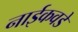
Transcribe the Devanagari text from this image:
नाईकवडे